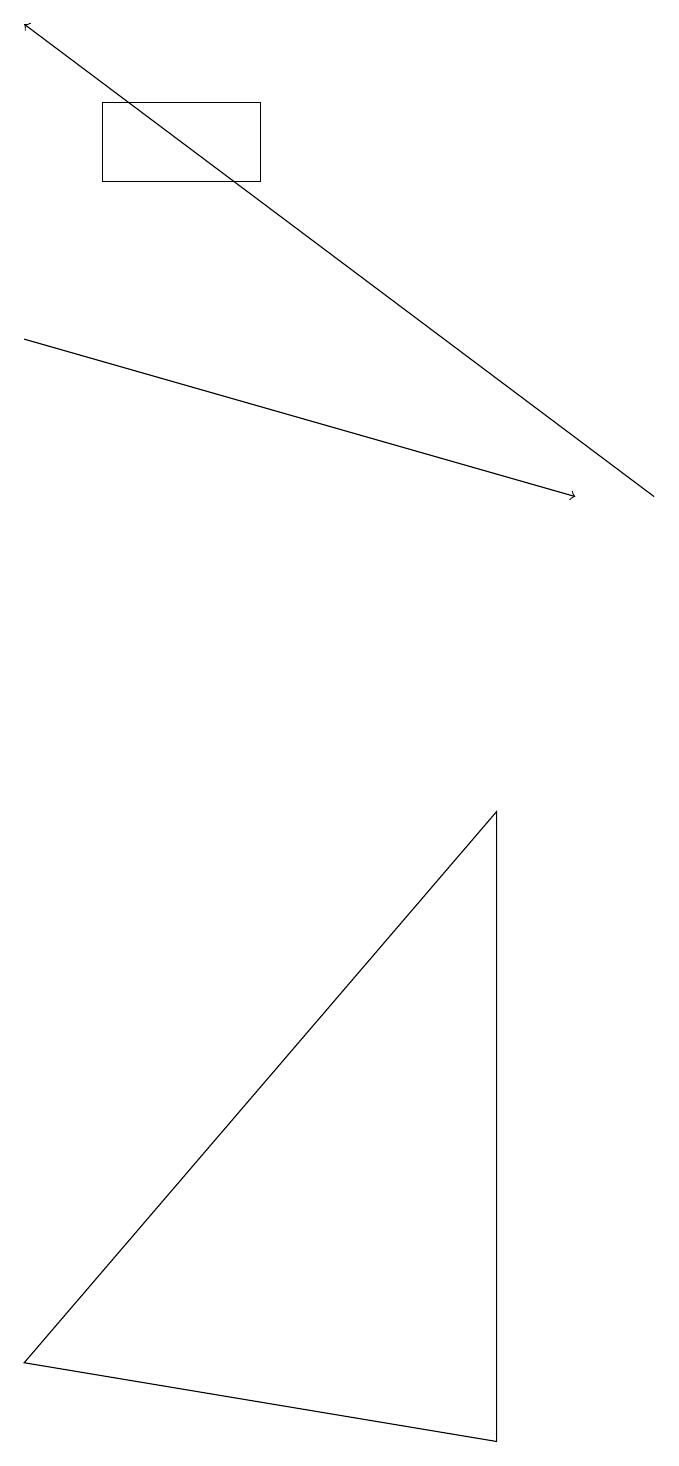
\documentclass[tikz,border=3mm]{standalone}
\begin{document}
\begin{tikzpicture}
\draw[->] (0,14) -- (7,12);
\draw (6,0) -- (0,1) -- (6,8) -- cycle;
\draw (1,16) rectangle (3,17);
\draw[->] (8,12) -- (0,18);
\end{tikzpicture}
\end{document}